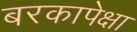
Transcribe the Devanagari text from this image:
बरकापेक्षा